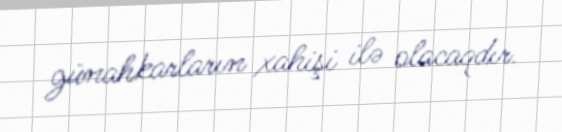
günahkarların xahişi ilə olacaqdır.